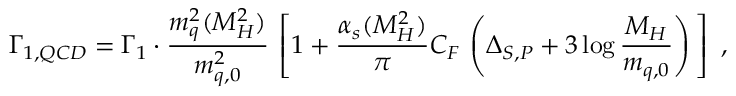
\Gamma _ { 1 , Q C D } = \Gamma _ { 1 } \cdot \frac { m _ { q } ^ { 2 } ( M _ { H } ^ { 2 } ) } { m _ { q , 0 } ^ { 2 } } \, \left[ 1 + \frac { \alpha _ { s } ( M _ { H } ^ { 2 } ) } { \pi } C _ { F } \, \left( \Delta _ { S , P } + 3 \log \frac { M _ { H } } { m _ { q , 0 } } \right) \, \right] \ ,